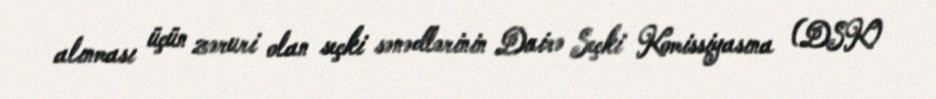
alınması üçün zəruri olan seçki sənədlərinin Dairə Seçki Komissiyasına (DSK)